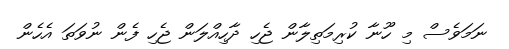
ނަމަވެސް މި ހޫނާ ކުރިމަތިލާން ޖެހި ދާހިއްލަން ޖެހި ފެން ނުވަތަ އެހެން